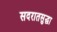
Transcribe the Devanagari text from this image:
सदरातसुद्धा